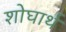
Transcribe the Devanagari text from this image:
शोघार्थ